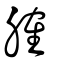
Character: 𦞦